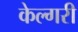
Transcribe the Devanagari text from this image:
केल्गरी